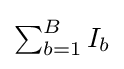
{\textstyle \sum _{b=1}^{B}I_{b}}